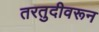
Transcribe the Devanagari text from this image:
तरतुदीवरून